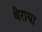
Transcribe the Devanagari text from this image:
थैराया